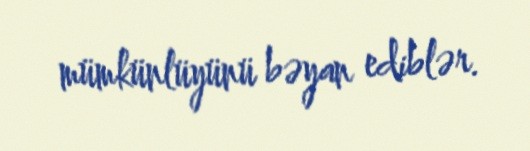
mümkünlüyünü bəyan ediblər.